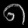
Digit: ၈